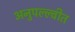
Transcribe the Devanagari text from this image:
अनुपल्ल्वीत